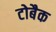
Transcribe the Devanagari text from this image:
टोबैक